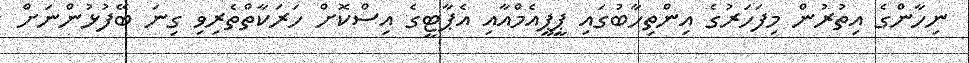
ނިހާންގެ އިތުރުން މިފަހަރުގެ އިންތިހާބުގައި ޕީޕީއެމްއާއި އެޕާޓީގެ އިސްކޮށް ހަރަކާތްތެރިވި ގިނަ ބޭފުޅުންނަށް